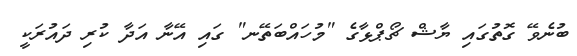
ބުނެވޭ ގޮތުގައި ޔާޝް ޗޯޕްޅާގެ "މުހައްބަތޭނ" ގައި އޭނާ އަދާ ކުރި ދައުރަކީ